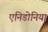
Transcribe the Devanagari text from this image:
एनिडोनिया